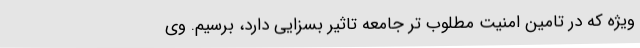
ویژه که در تامین امنیت مطلوب تر جامعه تاثیر بسزایی دارد، برسیم. وی